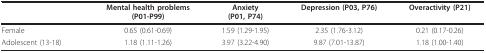
|  | Mental health problems(P01-P99) | Anxiety(P01, P74) | Depression (P03, P76) | Overactivity (P21) |
 | --- | --- | --- | --- | --- |
 | Female | 0.65 (0.61-0.69) | 1.59 (1.29-1.95) | 2.35 (1.76-3.12) | 0.21 (0.17-0.26) |
 | Adolescent (13-18) | 1.18 (1.11-1.26) | 3.97 (3.22-4.90) | 9.87 (7.01-13.87) | 1.18 (1.00-1.40) |